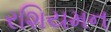
રશિયમન